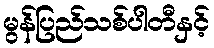
မွန်ပြည်သစ်ပါတီနှင့်